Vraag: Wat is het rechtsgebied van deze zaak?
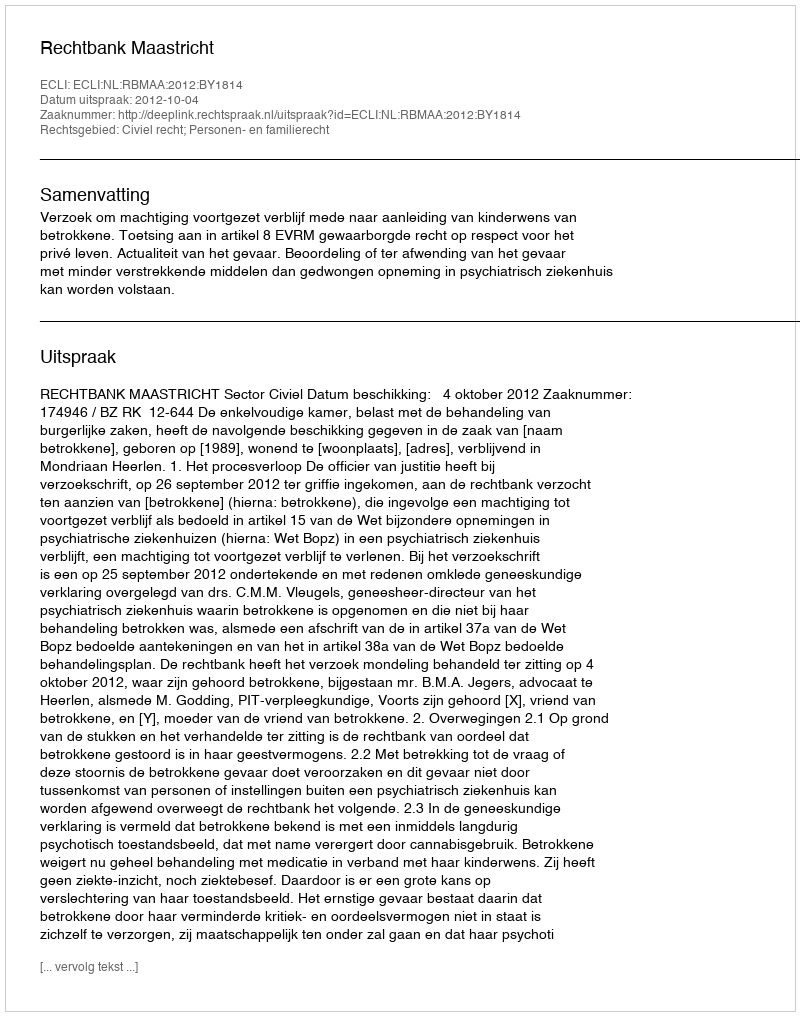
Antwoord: Civiel recht; Personen- en familierecht